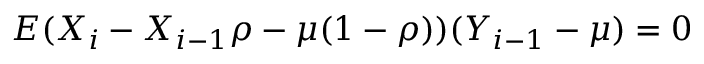
E ( X _ { i } - X _ { i - 1 } \rho - \mu ( 1 - \rho ) ) ( Y _ { i - 1 } - \mu ) = 0